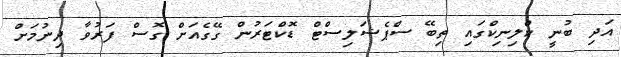
އަދި ބުނީ ކްލިނިކްގައި ތިބޭ ސްޕެޝަލިސްޓް ޑޮކްޓަރުން ގޭގެއަށް ގޮސް ފަރުވާ ދިނުމަށް